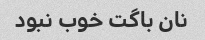
نان باگت خوب نبود